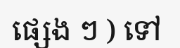
ផ្សេង ៗ ) ទៅ